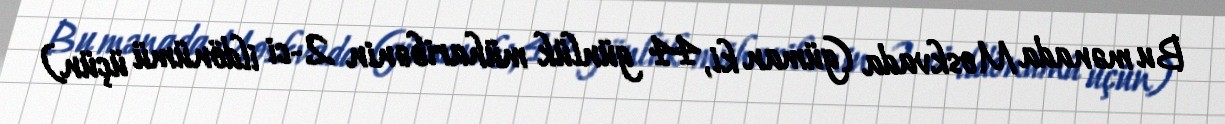
Bu mənada Moskvada (güman ki, 44 günlük müharibənin 2-ci ildönümü üçün)